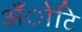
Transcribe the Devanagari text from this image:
अँोटि